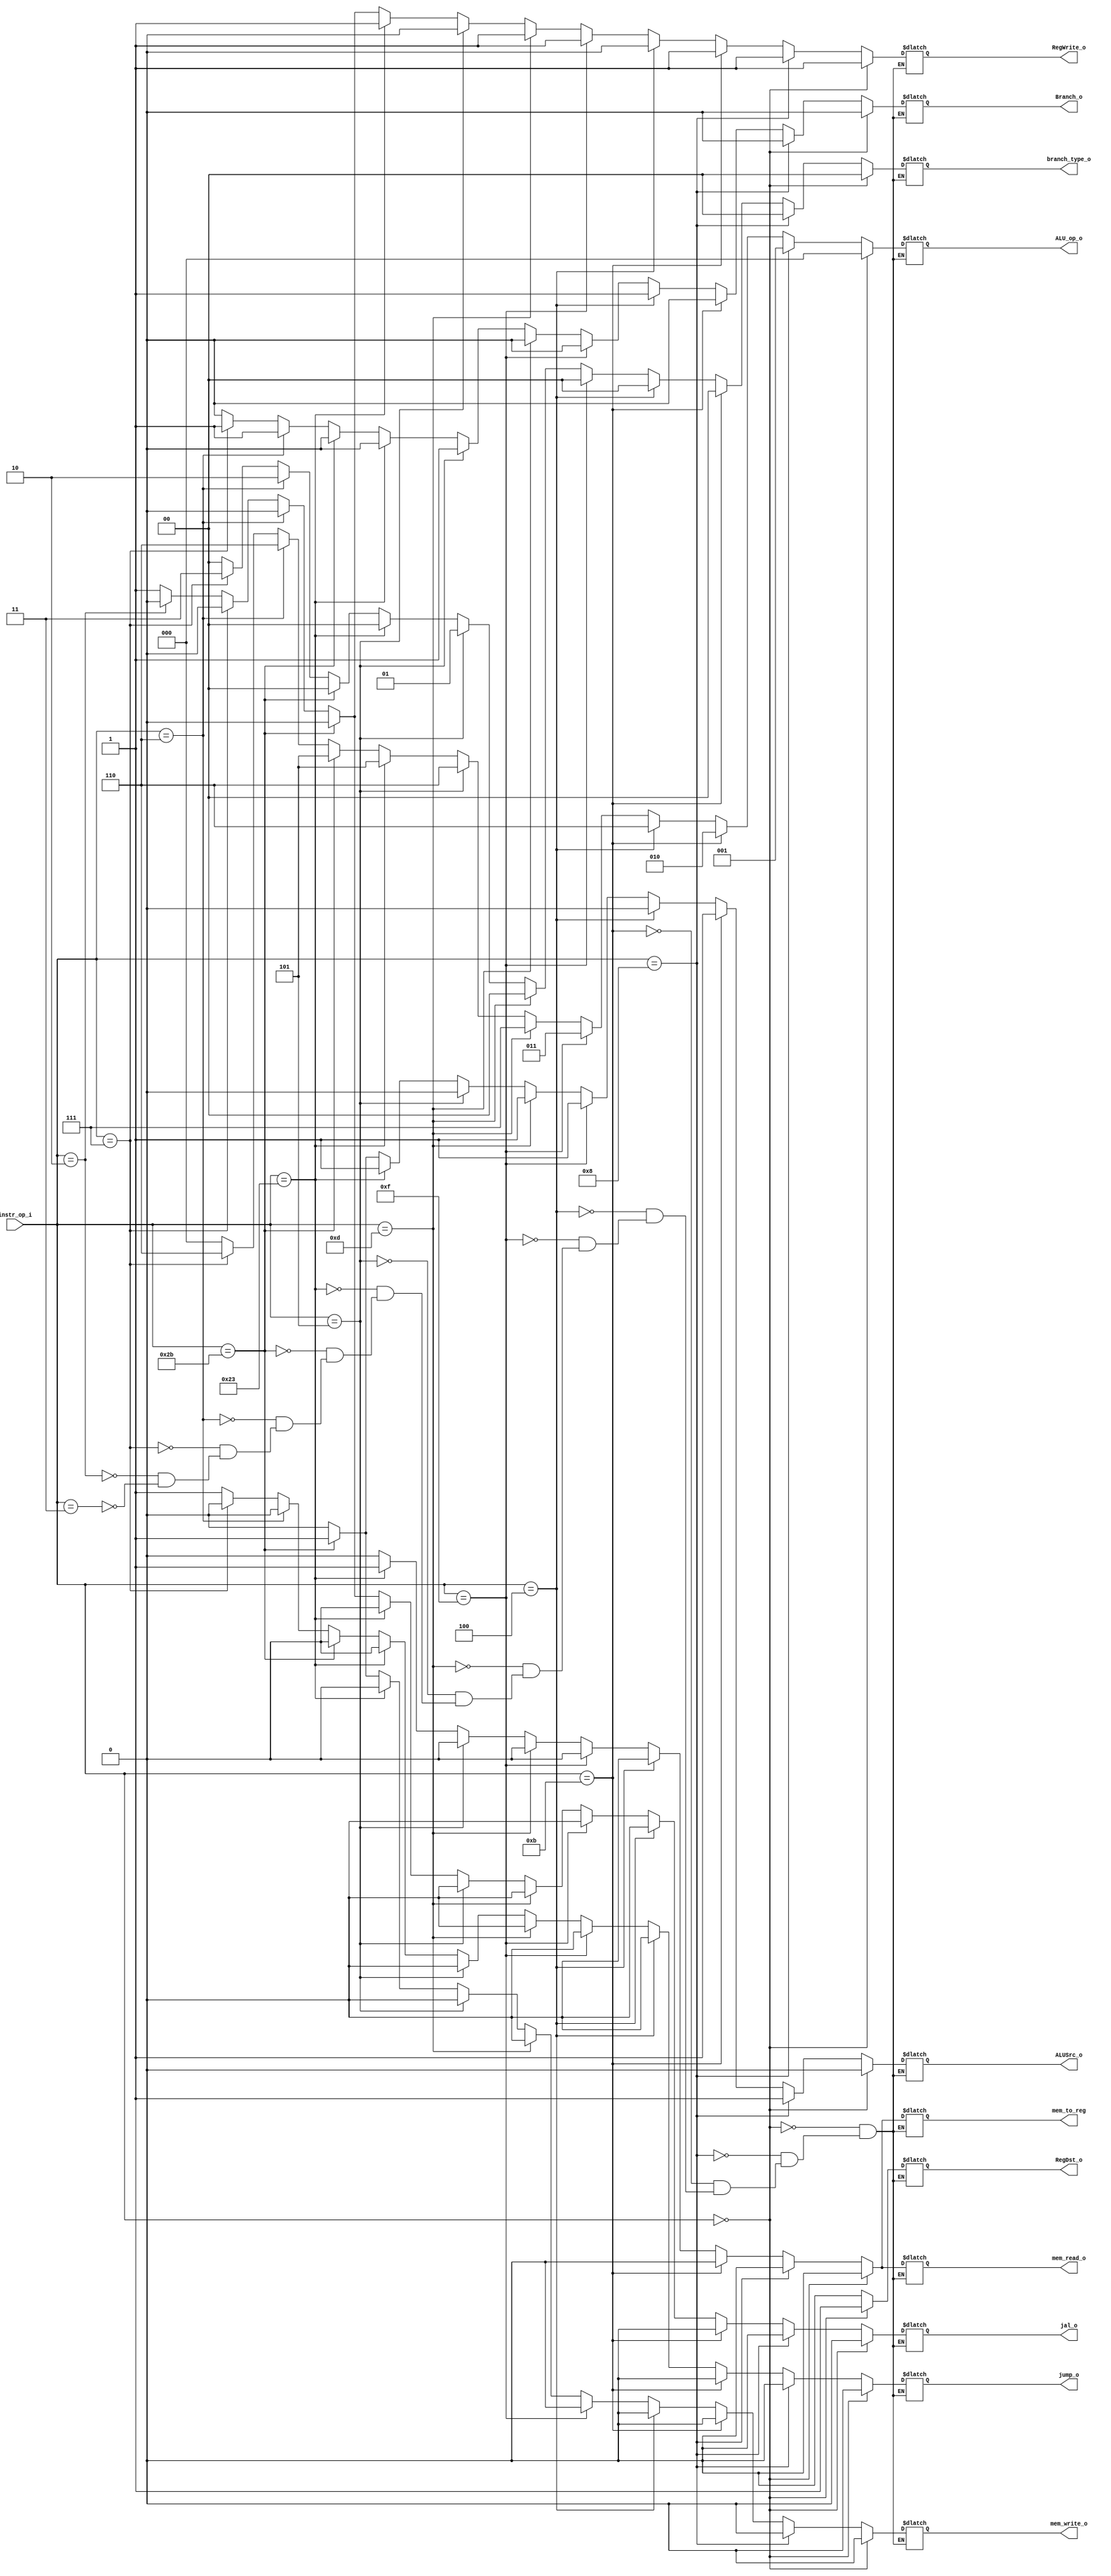

module Decoder(
    instr_op_i,
    RegWrite_o,
    ALU_op_o,
    ALUSrc_o,
    RegDst_o,
    Branch_o,
	mem_write_o,
	mem_read_o,
	mem_to_reg,
	jump_o,
	branch_type_o,
	jal_o
    );

//I/O ports
input  [6-1:0] instr_op_i;

output         RegWrite_o;
output [3-1:0] ALU_op_o;
output         ALUSrc_o;
output         RegDst_o;
output         Branch_o;

output 		   mem_write_o;
output 		   mem_read_o;
output         mem_to_reg;
output         jump_o;
output [2-1:0] branch_type_o;
output 		   jal_o;

//Internal Signals
reg    [3-1:0] ALU_op_o;
reg            ALUSrc_o;
reg            RegWrite_o;
reg            RegDst_o;
reg            Branch_o;

reg 		   mem_write_o;
reg 		   mem_read_o;
reg            mem_to_reg;
reg            jump_o;
reg	   [2-1:0] branch_type_o;
reg			   jal_o;

always @( * ) begin
	if(instr_op_i==0)begin
		RegWrite_o <= 1;
		ALU_op_o   <= 3'b000;
		ALUSrc_o   <= 0;
		RegDst_o   <= 1;
		Branch_o   <= 0;
		mem_write_o <= 0;
		mem_read_o <= 0;
		mem_to_reg <= 0;
		jump_o <= 0;
		branch_type_o <= 2'b0;
		jal_o <= 1'b0;
	end
	else if(instr_op_i== 8)begin  //addi
		RegWrite_o <= 1;
		ALU_op_o   <= 3'b001;
		ALUSrc_o   <= 1;
		RegDst_o   <= 0;
		Branch_o   <= 0;
		mem_write_o <= 0;
		mem_read_o <= 0;
		mem_to_reg <= 0;
		jump_o <= 0;
		branch_type_o <= 2'b0;
		jal_o <= 1'b0;
	end
	else if(instr_op_i== 11)begin //sltiu
		RegWrite_o <= 1;
		ALU_op_o   <= 3'b010;
		ALUSrc_o   <= 1;
		RegDst_o   <= 0;
		Branch_o   <= 0;
		mem_write_o <= 0;
		mem_read_o <= 0;
		mem_to_reg <= 0;
		jump_o <= 0;
		branch_type_o <= 2'b0;
		jal_o <= 1'b0;
	end	
	else if(instr_op_i== 4)begin //beq
		RegWrite_o <= 0;
		ALU_op_o   <= 3'b110;
		ALUSrc_o   <= 0;
		RegDst_o   <= 0;
		Branch_o   <= 1; // not important		
		mem_write_o <= 0;
		mem_read_o <= 0;
		mem_to_reg <= 0;		
		jump_o <= 0;
		branch_type_o <= 2'b0;
		jal_o <= 1'b0;
	end	
	else if(instr_op_i== 15)begin //lui
		RegWrite_o <= 1;
		ALU_op_o   <= 3'b011;
		ALUSrc_o   <= 1;
		RegDst_o   <= 0;
		Branch_o   <= 0;
		mem_write_o <= 0;
		mem_read_o <= 0;
		mem_to_reg <= 0;
		jump_o <= 0;
		branch_type_o <= 2'b0;
		jal_o <= 1'b0;
	end	
	else if(instr_op_i== 13)begin // ori
		RegWrite_o <= 1;
		ALU_op_o   <= 3'b111;
		ALUSrc_o   <= 1;
		RegDst_o   <= 0;
		Branch_o   <= 0;
		mem_write_o <= 0;
		mem_read_o <= 0;
		mem_to_reg <= 0;
		jump_o <= 0;
		branch_type_o <= 2'b0;
		jal_o <= 1'b0;
	end	
	else if(instr_op_i==5)begin //bne
		RegWrite_o <= 0;
		ALU_op_o   <= 3'b110;
		ALUSrc_o   <= 0;	
		RegDst_o   <= 0;
		Branch_o   <= 1; // not important
		mem_write_o <= 0;
		mem_read_o <= 0;
		mem_to_reg <= 0;
		jump_o <= 0;
		branch_type_o <= 2'b1;
		jal_o <= 1'b0;
	end
	else if(instr_op_i==35)begin // load word
		RegWrite_o <= 1;
		ALU_op_o   <= 3'b101;
		ALUSrc_o   <= 1;
		RegDst_o   <= 0;
		Branch_o   <= 0;
		mem_write_o <= 0;
		mem_read_o <= 1;
		mem_to_reg <= 1; // 0: result from memory
		jump_o <= 0;
		branch_type_o <= 2'b0;
		jal_o <= 1'b0;
	end
	else if(instr_op_i==43)begin // save word
		RegWrite_o <= 0;
		ALU_op_o   <= 3'b101;
		ALUSrc_o   <= 1;
		RegDst_o   <= 0;
		Branch_o   <= 0;
		mem_write_o <= 1;
		mem_read_o <= 0;
		mem_to_reg <= 0; // 1: result from alu 
		jump_o <= 0;
		branch_type_o <= 2'b0;
		jal_o <= 1'b0;
	end
	else if(instr_op_i==6)begin //blez
		RegWrite_o <= 0;
		ALU_op_o   <= 3'b110;
		ALUSrc_o   <= 0;	
		RegDst_o   <= 0;
		Branch_o   <= 1; 
		mem_write_o <= 0;
		mem_read_o <= 0;
		mem_to_reg <= 0;
		jump_o <= 0;
		branch_type_o <= 2'b10;
		jal_o <= 1'b0;
	end
	else if(instr_op_i==7)begin // bgtz
		RegWrite_o <= 0;
		ALU_op_o   <= 3'b110;
		ALUSrc_o   <= 0;	
		RegDst_o   <= 0;
		Branch_o   <= 1; 
		mem_write_o <= 0;
		mem_read_o <= 0;
		mem_to_reg <= 0;
		jump_o <= 0;
		branch_type_o <= 2'b11;
		jal_o <= 1'b0;
	end
	else if(instr_op_i==2)begin //jump
		RegWrite_o <= 0;
		ALU_op_o   <= 3'b000;
		ALUSrc_o   <= 0;	
		RegDst_o   <= 0;
		Branch_o   <= 0; 
		mem_write_o <= 0;
		mem_read_o <= 0;
		mem_to_reg <= 0;
		jump_o <= 1;
		branch_type_o <= 2'b0;	
		jal_o <= 1'b0;
	end
	else if(instr_op_i==3)begin //jump and link
		RegWrite_o <= 1;
		ALU_op_o   <= 3'b000;
		ALUSrc_o   <= 0;	
		RegDst_o   <= 0;
		Branch_o   <= 0; 
		mem_write_o <= 0;
		mem_read_o <= 0;
		mem_to_reg <= 0;
		jump_o <= 1;
		branch_type_o <= 2'b0;	
		jal_o <= 1'b1;
	end
end

endmodule